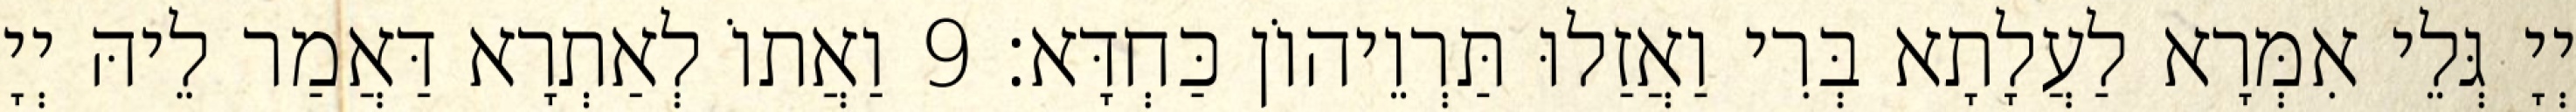
יְיָ גְּלֵי אִמְּרָא לַעֲלָתָא בְּרִי וַאֲזַלוּ תַּרְוֵיהוֹן כַּחְדָּא׃ 9 וַאֲתוֹ לְאַתְרָא דַּאֲמַר לֵיהּ יְיָ